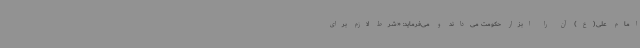
امام علی(ع) آن‌ را ابزار حکومت می‌داند و می‌فرماید: «شرط لازم برای